Civil Veterinary Department. United Provinces 1912-22 - 1912-1922
Year: 1912
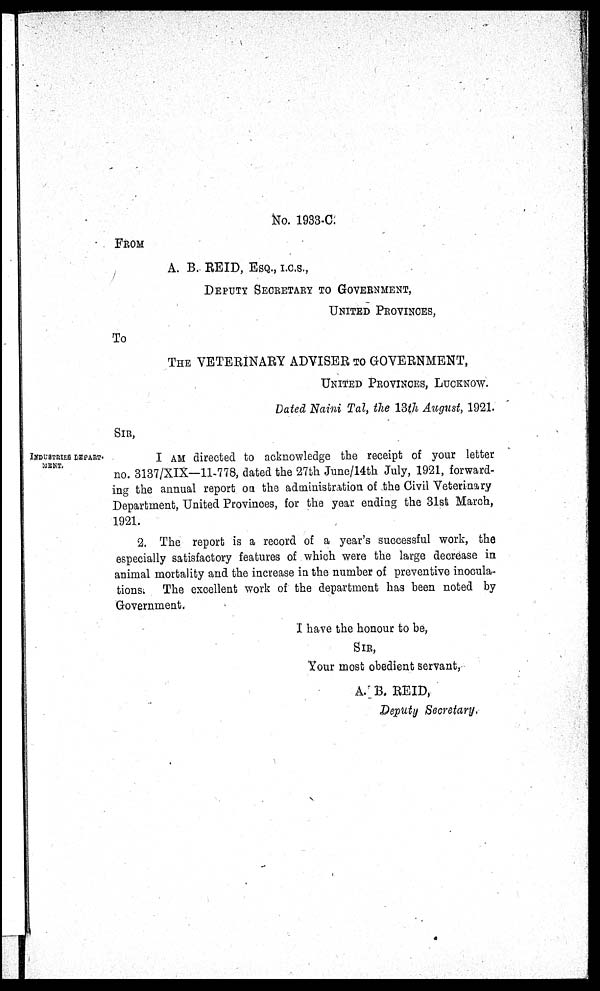
FROM
No. 1933-C.
A. B. REID,
ESQ.,
I.C.S.,
DEPUTY SECRETARY TO GOVERNMENT,
UNITED PROVINCES,
To
THE VETERINARY ADVISER TO GOVERNMENT,
UNITED PROVINCES, LUCKNOW.
Dated Naini Tal, the 13th August, 1921.
SIR,
INDUSTRIES DEPART-
MENT.
I AM directed to acknowledge the receipt of your letter
no. 3137/XIX—11-778, dated the 27th June/14th July, 1921, forward-
ing the annual report on the administration of the Civil Veterinary
Department, United Provinces, for the year ending the 31st March,
1921.
2. The report is a record of a year's successful work, the
especially satisfactory features of which were the large decrease in
animal mortality and the increase in the number of preventive inocula-
tions
The excellent work of the department has been noted by
Government.
I have the honour to be,
SIR,
Your most obedient servant,
A. B. REID,
Deputy Secretary.